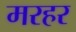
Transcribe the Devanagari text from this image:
मरहर